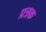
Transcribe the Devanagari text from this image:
प्रत्रक